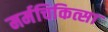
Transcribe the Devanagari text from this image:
मर्मचिकित्सा